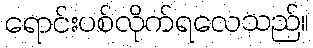
ရောင်းပစ်လိုက်ရလေသည်။